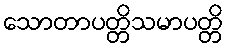
သောတာပတ္တိသမာပတ္တိ